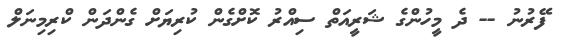
ފޭރުނު -- ދެ މީހުންގެ ޝަރީއަތް ސިއްރު ކޮށްގެން ކުރިޔަށް ގެންދަން ކްރިމިނަލް